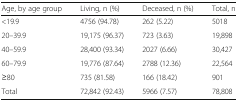
<table><thead><tr><td><b>Age, by age group</b></td><td><b>Living, n (%)</b></td><td><b>Deceased, n (%)</b></td><td><b>Total, n</b></td></tr></thead><tbody><tr><td>&lt;19.9</td><td>4756 (94.78)</td><td>262 (5.22)</td><td>5018</td></tr><tr><td>20–39.9</td><td>19,175 (96.37)</td><td>723 (3.63)</td><td>19,898</td></tr><tr><td>40–59.9</td><td>28,400 (93.34)</td><td>2027 (6.66)</td><td>30,427</td></tr><tr><td>60–79.9</td><td>19,776 (87.64)</td><td>2788 (12.36)</td><td>22,564</td></tr><tr><td>≥80</td><td>735 (81.58)</td><td>166 (18.42)</td><td>901</td></tr><tr><td>Total</td><td>72,842 (92.43)</td><td>5966 (7.57)</td><td>78,808</td></tr></tbody></table>